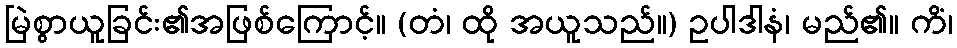
မြဲစွာယူခြင်း၏အဖြစ်ကြောင့်။ (တံ၊ ထို အယူသည်။) ဥပါဒါနံ၊ မည်၏။ ကိံ၊